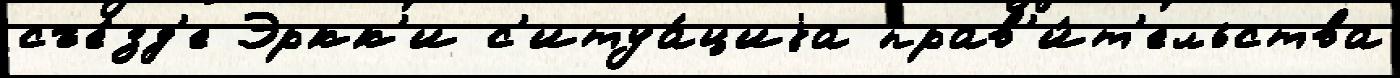
съе́зд'е Эркк'и с'итуа́циjа прав'и́т'ельства